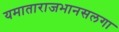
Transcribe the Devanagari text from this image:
यमाताराजभानसलगा